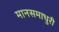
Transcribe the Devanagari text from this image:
मानसमाधुरी